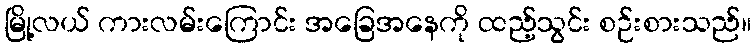
မြို့လယ် ကားလမ်းကြောင်း အခြေအနေကို ထည့်သွင်း စဉ်းစားသည်။